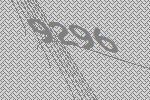
9296